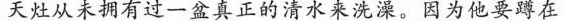
天灶从未拥有过一盆真正的清水来洗澡。因为他要蹲在